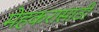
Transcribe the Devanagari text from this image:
मेहकरासाठी